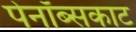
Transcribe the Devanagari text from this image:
पेनॉब्सकाट